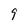
Character: 9